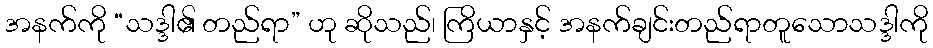
အနက်ကို “သဒ္ဒါ၏ တည်ရာ” ဟု ဆိုသည်၊ ကြိယာနှင့် အနက်ချင်းတည်ရာတူသောသဒ္ဒါကို